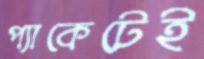
প্যাকেটেই